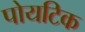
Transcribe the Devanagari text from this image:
पोयटिक